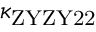
\kappa _ { \mathrm { Z Y Z Y 2 2 } }